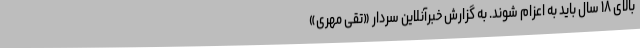
بالای ۱۸ سال باید به اعزام شوند. به گزارش خبرآنلاین سردار «تقی مهری»